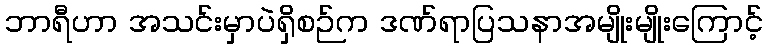
ဘာရီဟာ အသင်းမှာပဲရှိစဉ်က ဒဏ်ရာပြသနာအမျိုးမျိုးကြောင့်